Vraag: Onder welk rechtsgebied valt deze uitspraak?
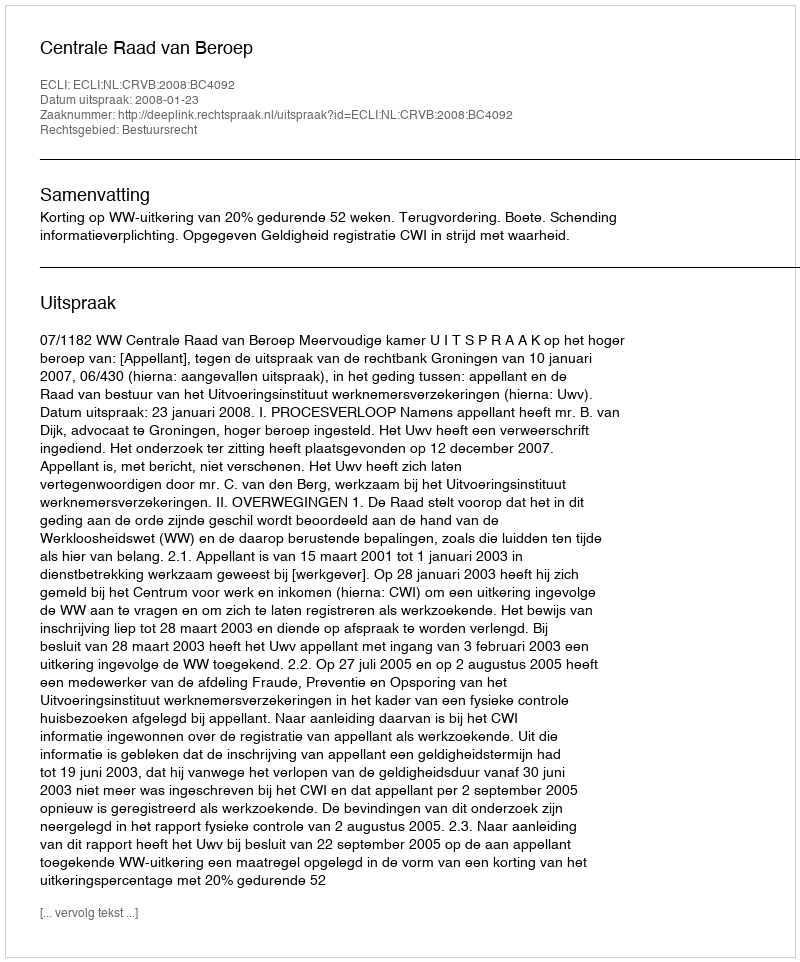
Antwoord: Bestuursrecht